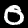
Label: 0